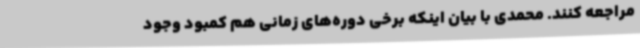
مراجعه کنند. محمدی با بیان اینکه برخی دوره‌های زمانی هم کمبود وجود